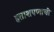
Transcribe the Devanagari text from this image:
हताशपणाची